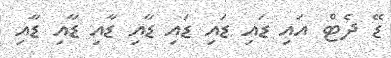
ޑޭ ދެޓް އައި ޑަައި ޑައި ޑައި ޑާއި ޑާއި ޑާއި ޑާއި